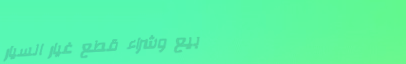
بيع وشراء قطع غيار السيار